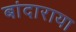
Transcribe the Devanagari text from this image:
बांदाराया